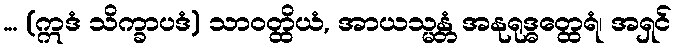
... (ဣဒံ သိက္ခာပဒံ) သာဝတ္ထိယံ, အာယသ္မန္တံ အနုရုဒ္ဓတ္ထေရံ၊ အရှင်